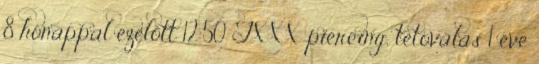
8 hónappal ezelőtt 12:50 TXXX piercing, tetoválás 1 éve